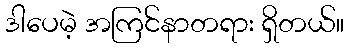
ဒါပေမဲ့ အကြင်နာတရား ရှိတယ်။